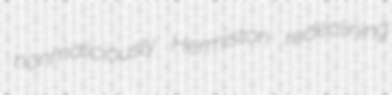
nonmaliciously Hermiston redeclining